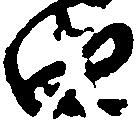
由